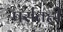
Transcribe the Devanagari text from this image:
पसंतही